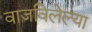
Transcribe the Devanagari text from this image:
वाजविलेल्या